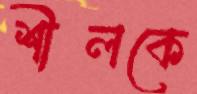
শীলকে